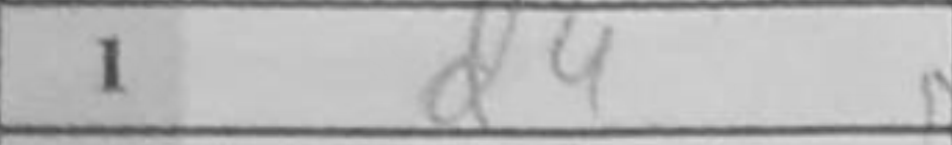
Transcription: d4